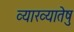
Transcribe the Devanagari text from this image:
व्याख्यातेषु